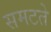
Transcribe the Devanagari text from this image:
समटते